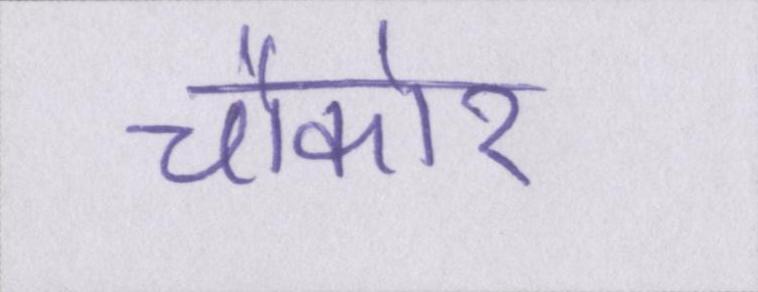
चौकोर